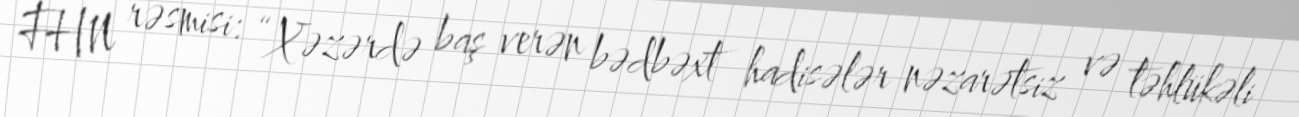
FHN rəsmisi: “Xəzərdə baş verən bədbəxt hadisələr nəzarətsiz və təhlükəli